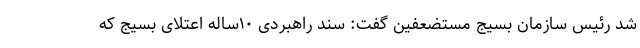
شد رئیس سازمان بسیج مستضعفین گفت: سند راهبردی ۱۰ساله اعتلای بسیج که